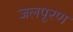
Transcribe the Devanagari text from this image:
जलपूरण